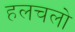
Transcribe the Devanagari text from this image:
हलचलो